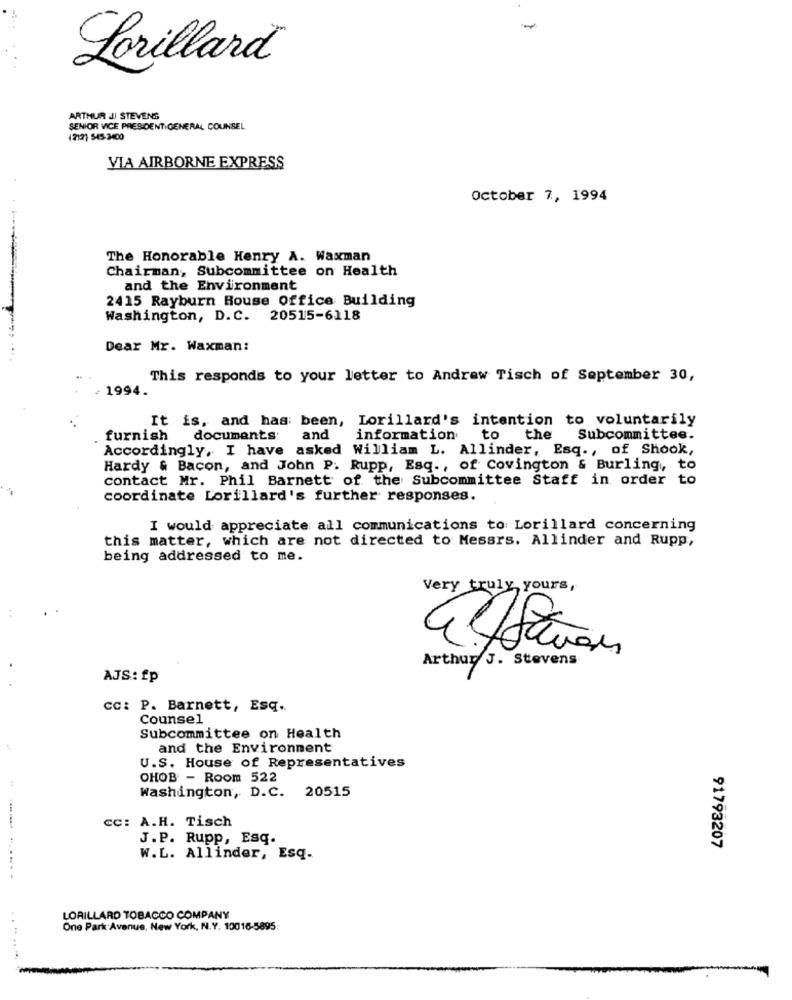
Lorillard
ARTHUR JI STEVENS
SENIOR VICE PRESIDENTIGENERAL COUNSEL
(212) 545-2400
VIA AIRBORNE EXPRESS
October 7, 1994
The Honorable Henry A. Waxman
Chairman, Subcommittee on Health
and the Environment
2415 Rayburn Rouse Office Building
Washington, D.C. 20515-6118
Dear Mr. Waxman:
This responds to your letter to Andrew Tisch of September 30,
- 1994.
It is, and has been, Lorillard's intention to voluntarily
furnish
documents: and information to the Subcommittee.
Accordingly, I have asked William L. Allinder, Esq ., of Shook,
Hardy & Bacon, and John P. Rupp, Esq ., of Covington & Burling ,, to
contact Mr. Phil Barnett of the Subcommittee Staff in order to
coordinate Lorillard's further responses.
I would appreciate all communications to Lorillard concerning
this matter, which are not directed to Messrs. Allinder and Rupp,
being addressed to me.
Very truly yours,
Arthur J. Stevens
AJS: fp
CC: P. Barnett, Esq.
Counsel
Subcommittee on Health
and the Environment
U.S. House of Representatives
OHOB - Room 522
Washington, D.C. 20515
cc: A.H. Tisch
--
J.P. Rupp, Esq.
91793207
W.L. Allinder, Esq.
......
. .
LORILLARD TOBACCO COMPANY
One Park Avenue, New York, N.Y. 10016-5895: